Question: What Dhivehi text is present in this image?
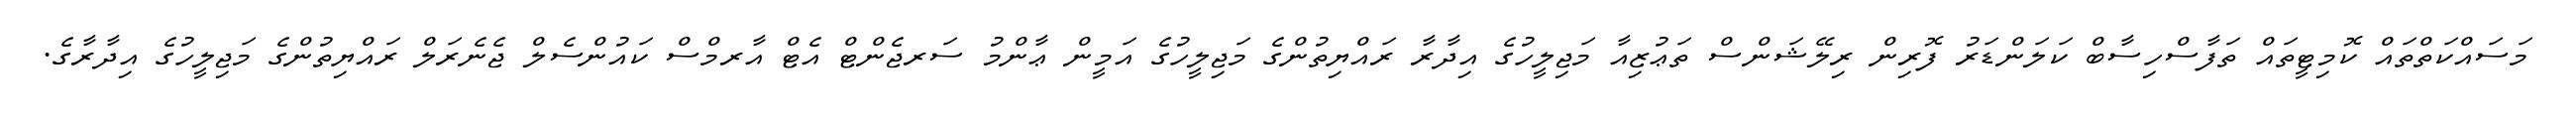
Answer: މަސައްކަތްތައް ކޮމިޓީތައް ތަފާސްހިސާބް ކަލަންޑަރު ފޮރިން ރިލޭޝަންސް ތަޢުޒިއާ މަޖިލީހުގެ އިދާރާ ރައްޔިތުންގެ މަޖިލީހުގެ އަމީން ޢާންމު ސަރޖެންޓް އެޓް އާރމްސް ކައުންސެލް ޖެނެރަލް ރައްޔިތުންގެ މަޖިލީހުގެ އިދާރާގެ.